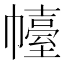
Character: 𢅣